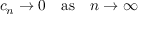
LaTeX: \quad c _ { n } \rightarrow 0 \quad { \mathrm { a s } } \quad n \to \infty